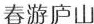
春游庐山